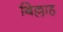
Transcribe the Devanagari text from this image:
बिल्लाह